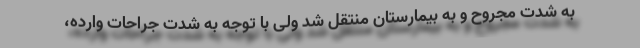
به شدت مجروح و به بیمارستان منتقل شد ولی با توجه به شدت جراحات وارده،